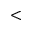
<